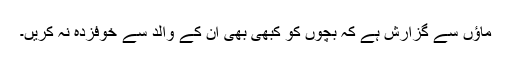
ماؤں سے گزارش ہے کہ بچوں کو کبھی بھی ان کے والد سے خوفزدہ نہ کریں۔